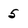
Character: 5